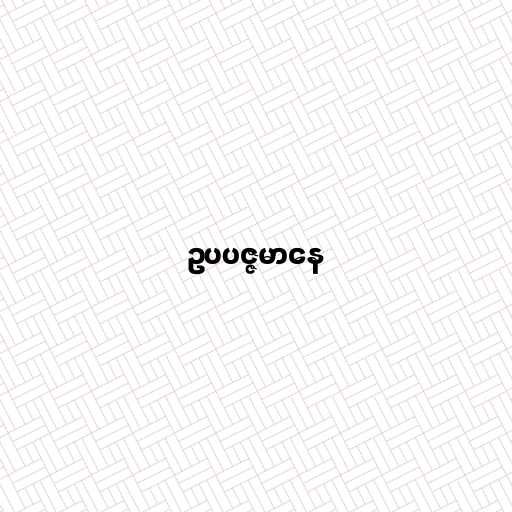
ဥပပဇ္ဇမာနေ